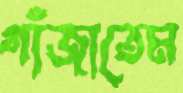
গাঁজাতেম